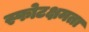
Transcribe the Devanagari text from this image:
स्फोटक्षमता